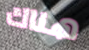
هناك